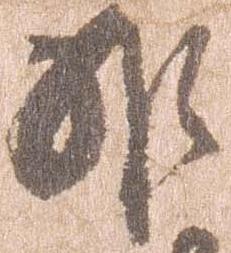
非